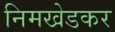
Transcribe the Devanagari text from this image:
निमखेडकर